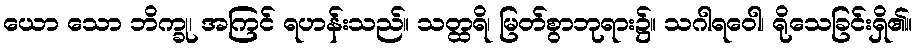
ယော သော ဘိက္ခု၊ အကြင် ရဟန်းသည်။ သတ္ထရိ၊ မြတ်စွာဘုရား၌။ သဂါရဝေါ၊ ရိုသေခြင်းရှိ၏။